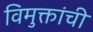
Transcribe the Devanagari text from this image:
विमुक्तांची